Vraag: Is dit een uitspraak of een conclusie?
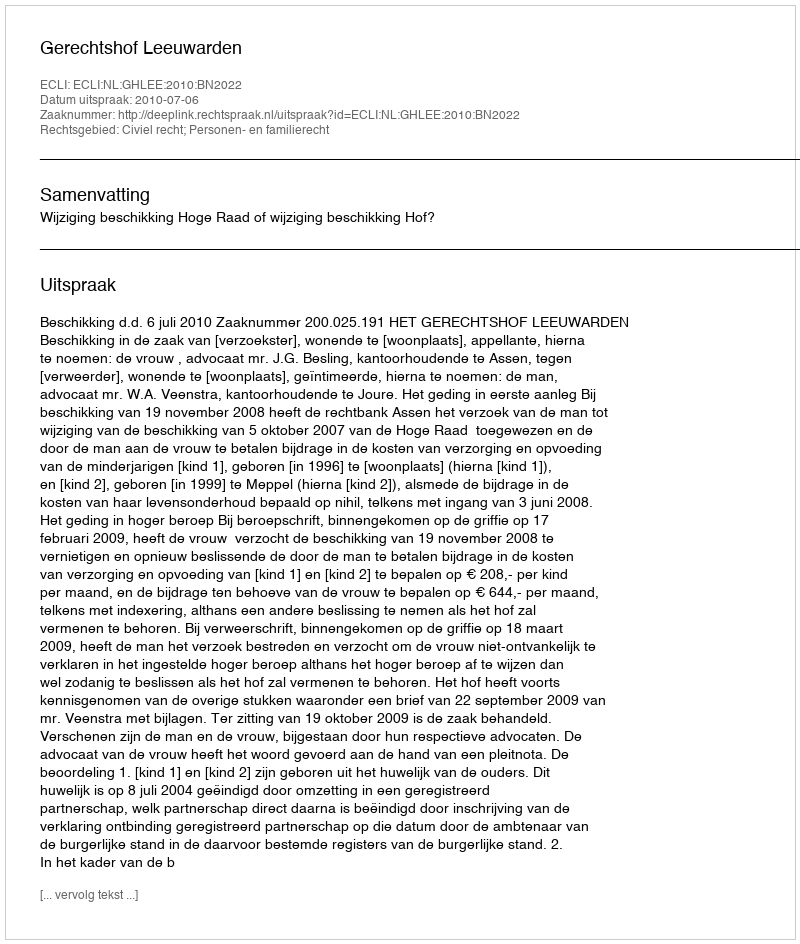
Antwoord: Uitspraak